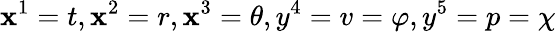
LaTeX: \mathbf{x}^{1}=t,\mathbf{x}^{2}=r,\mathbf{x}^{3}=\theta,y^{4}=v=\varphi,y^{5}=p=\chi